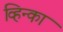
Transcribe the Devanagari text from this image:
व्हिन्का